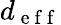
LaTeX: d_{\mathrm{~e~f~f~}}